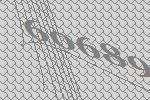
60689